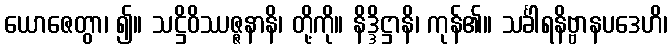
ယောဇေတွာ၊ ၍။ သဋ္ဌိဝိဿဇ္ဇနာနိ၊ တို့ကို။ နိဒ္ဒိဋ္ဌာနိ၊ ကုန်၏။ သင်္ခါရနိဗ္ဗာနပဒေဟိ၊